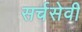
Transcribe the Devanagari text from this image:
सर्चसेवी